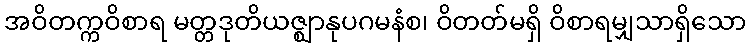
အဝိတက္ကဝိစာရ မတ္တဒုတိယဇ္ဈာနုပဂမနံစ၊ ဝိတတ်မရှိ ဝိစာရမျှသာရှိသော